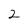
Character: 2